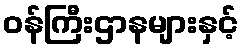
ဝန်ကြီးဌာနများနှင့်